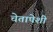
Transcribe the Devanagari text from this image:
चेतापेशीं